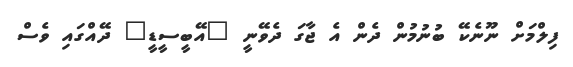
ފިލްމަށް ނޫނެކޭ ބުނުމުން ދެން އެ ޖާގަ ދެވޭނީ "އޭބީސީޑީ" ދޭއްގައި ވެސް